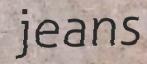
jeans